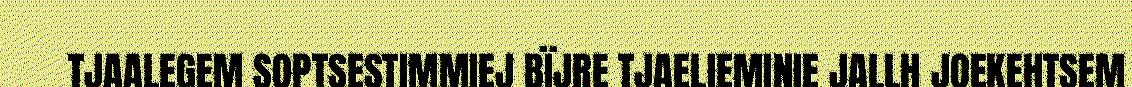
TJAALEGEM SOPTSESTIMMIEJ BÏJRE TJAELIEMINIE JALLH JOEKEHTSEM